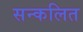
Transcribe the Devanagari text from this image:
सन्कलित